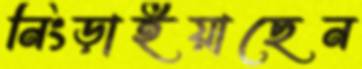
নিংড়াইয়াছেন